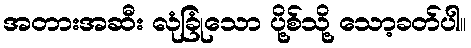
အတားအဆီး လုံခြုံသော ပို့စ်သို့ သော့ခတ်ပါ။